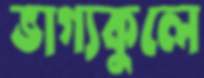
ভাগ্যকুলে